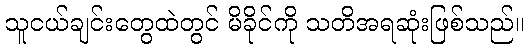
သူငယ်ချင်းတွေထဲတွင် မိခိုင်ကို သတိအရဆုံးဖြစ်သည်။